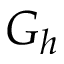
G _ { h }